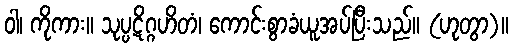
ဝါ၊ ကိုကား။ သုပ္ပဋိဂ္ဂဟိတံ၊ ကောင်းစွာခံယူအပ်ပြီးသည်။ (ဟုတွာ)။